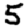
Digit: 5